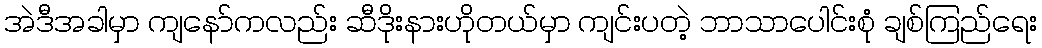
အဲဒီအခါမှာ ကျနော်ကလည်း ဆီဒိုးနားဟိုတယ်မှာ ကျင်းပတဲ့ ဘာသာပေါင်းစုံ ချစ်ကြည်ရေး